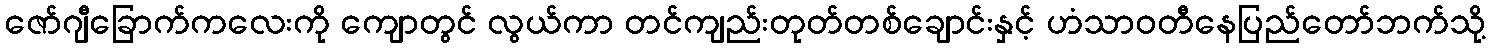
ဇော်ဂျီခြောက်ကလေးကို ကျောတွင် လွယ်ကာ တင်ကျည်းတုတ်တစ်ချောင်းနှင့် ဟံသာဝတီနေပြည်တော်ဘက်သို့